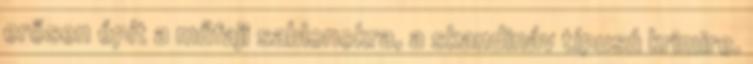
erősen épít a műfaji sablonokra, a skandináv típusú krimire.